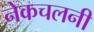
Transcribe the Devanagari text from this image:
नेकचलनी